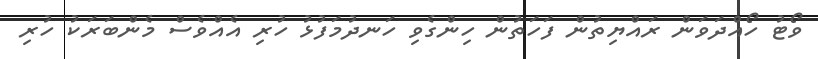
ވޯޓު ހޯއްދަވަން ރައްޔިތުން ފަހަތުން ހިންގެވި ހަނދުމަފުޅު ހުރި އެއްވެސް މެންބަރަކު ހުރި